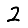
Digit: 2